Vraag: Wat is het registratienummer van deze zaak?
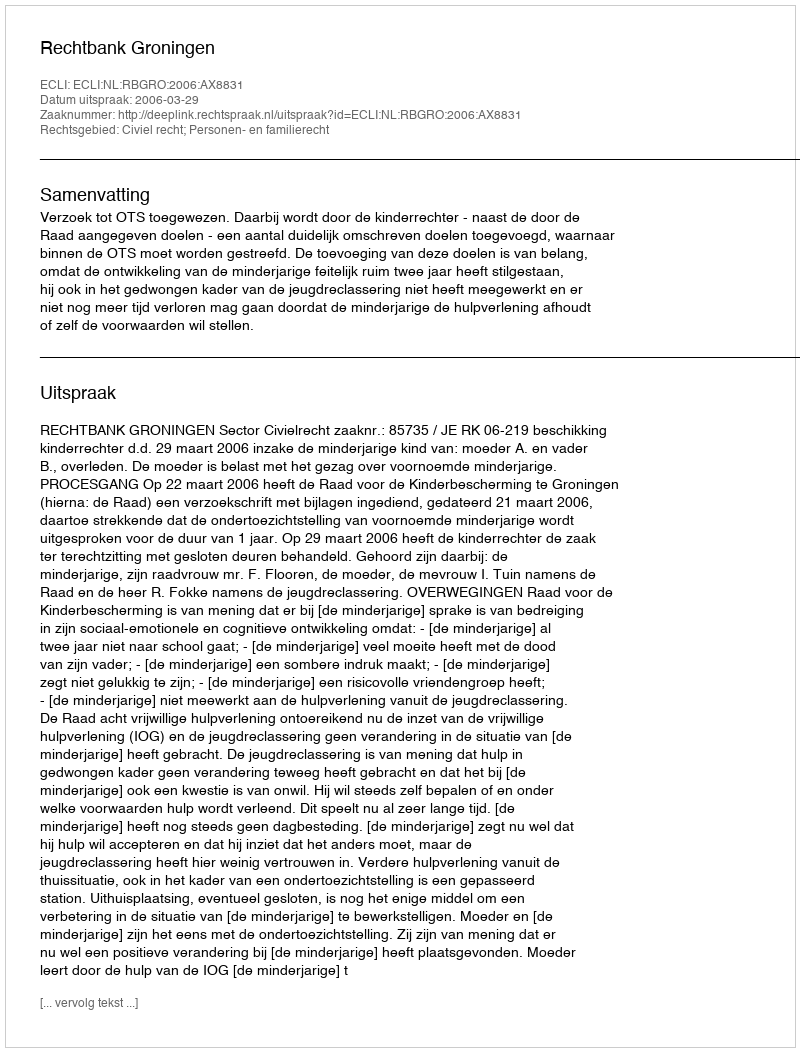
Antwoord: http://deeplink.rechtspraak.nl/uitspraak?id=ECLI:NL:RBGRO:2006:AX8831